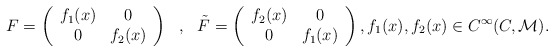
\begin{align*}F = \left(\begin{array}{cc} f_1(x) & 0 \\ 0 & f_2(x)\end{array}\right) ~~,~~ {\tilde F} = \left( \begin{array}{cc} f_2(x) & 0 \\ 0 & f_1(x)\end{array} \right), f_1(x), f_2(x) \in C^\infty( C, {\cal M}).\end{align*}